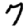
Digit: 7